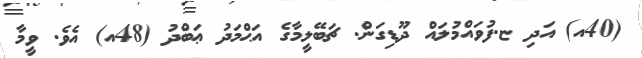
(40އ) އަދި ޏ.ފުވައްމުލައް ދޫޑިގަން. ޗަބޭލީމާގެ އަޙްމަދު ޢަބްދު (48އ) އެވެ. ވީމާ